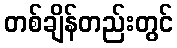
တစ်ချိန်တည်းတွင်